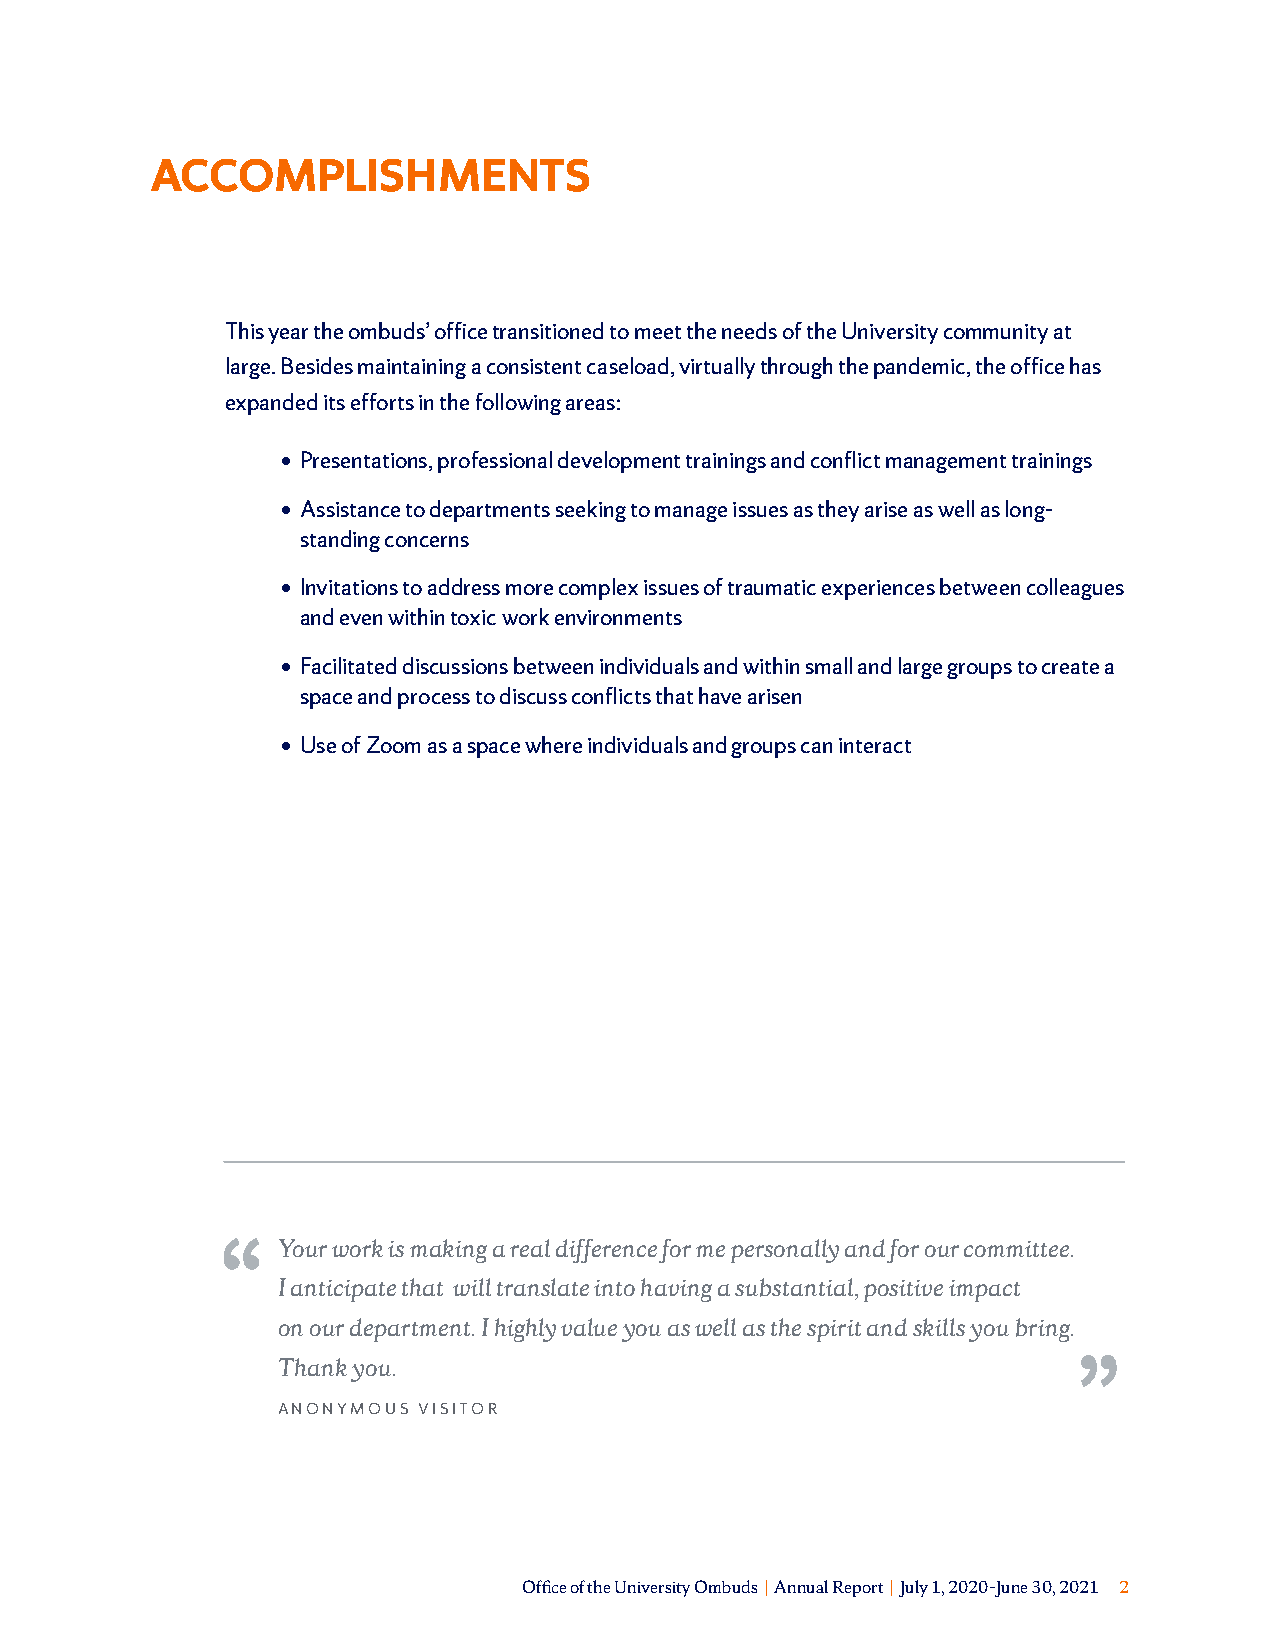
ACCOMPLISHMENTS
 This year the ombuds’ office transitioned to meet the needs of the University community at
 large. Besides maintaining a consistent caseload, virtually through the pandemic, the office has
 expanded its efforts in the following areas:
 • Presentations, professional development trainings and conflict management trainings
 • Assistance to departments seeking to manage issues as they arise as well as long-
 standing concerns
 • Invitations to address more complex issues of traumatic experiences between colleagues
 and even within toxic work environments
 • Facilitated discussions between individuals and within small and large groups to create a
 space and process to discuss conflicts that have arisen
 • Use of Zoom as a space where individuals and groups can interact
 Your work is making a real difference for me personally and for our committee.
 I anticipate that will translate into having a substantial, positive impact
 on our department. I highly value you as well as the spirit and skills you bring.
 Thank you.
 ANONYMOUS VISITOR
 Office of the University Ombuds | Annual Report | July 1, 2020–June 30, 2021 2